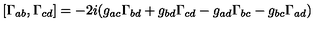
[ \Gamma _ { a b } , \Gamma _ { c d } ] = - 2 i ( g _ { a c } \Gamma _ { b d } + g _ { b d } \Gamma _ { c d } - g _ { a d } \Gamma _ { b c } - g _ { b c } \Gamma _ { a d } )